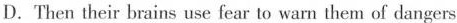
D.Then their brains use fear to warn them of dangers